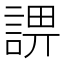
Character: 𧨬